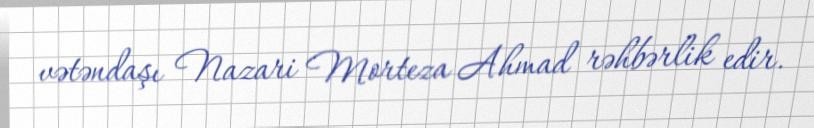
vətəndaşı Nazari Morteza Ahmad rəhbərlik edir.